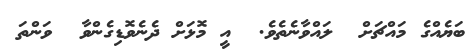
ބަޔެއްގެ މައްޗަށް  ލައްވާނެތެވެ.  އީ މޮޅަށް ދެނެވޮޑިގެންވާ  ވަންތަ